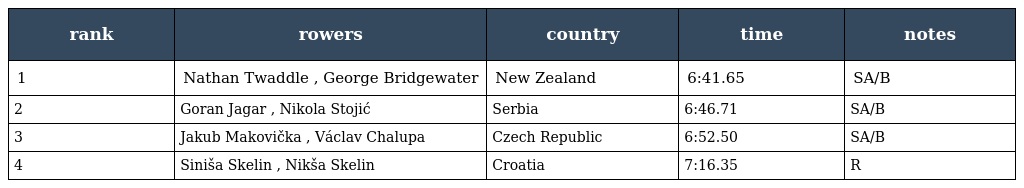
| rank | rowers | country | time | notes |
 | --- | --- | --- | --- | --- |
 | 1 | Nathan Twaddle , George Bridgewater | New Zealand | 6:41.65 | SA/B |
 | 2 | Goran Jagar , Nikola Stojić | Serbia | 6:46.71 | SA/B |
 | 3 | Jakub Makovička , Václav Chalupa | Czech Republic | 6:52.50 | SA/B |
 | 4 | Siniša Skelin , Nikša Skelin | Croatia | 7:16.35 | R |